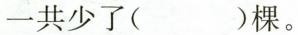
一共少了( )棵。